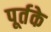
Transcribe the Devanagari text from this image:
पूर्तके